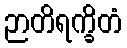
ဉာတိရက္ခိတံ